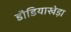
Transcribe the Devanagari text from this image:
डौडियाखेड़ा